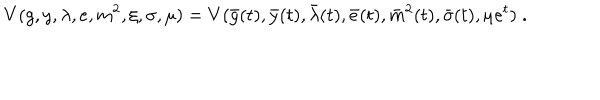
LaTeX: V ( g , y , \lambda , e , m ^ { 2 } , \xi , \sigma , \mu ) = V ( \bar { g } ( t ) , \bar { y } ( t ) , \bar { \lambda } ( t ) , \bar { e } ( t ) , \bar { m } ^ { 2 } ( t ) , \bar { \sigma } ( t ) , \mu e ^ { t } ) \; .